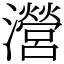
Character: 瀯